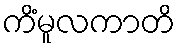
ကိံမူလကာတိ